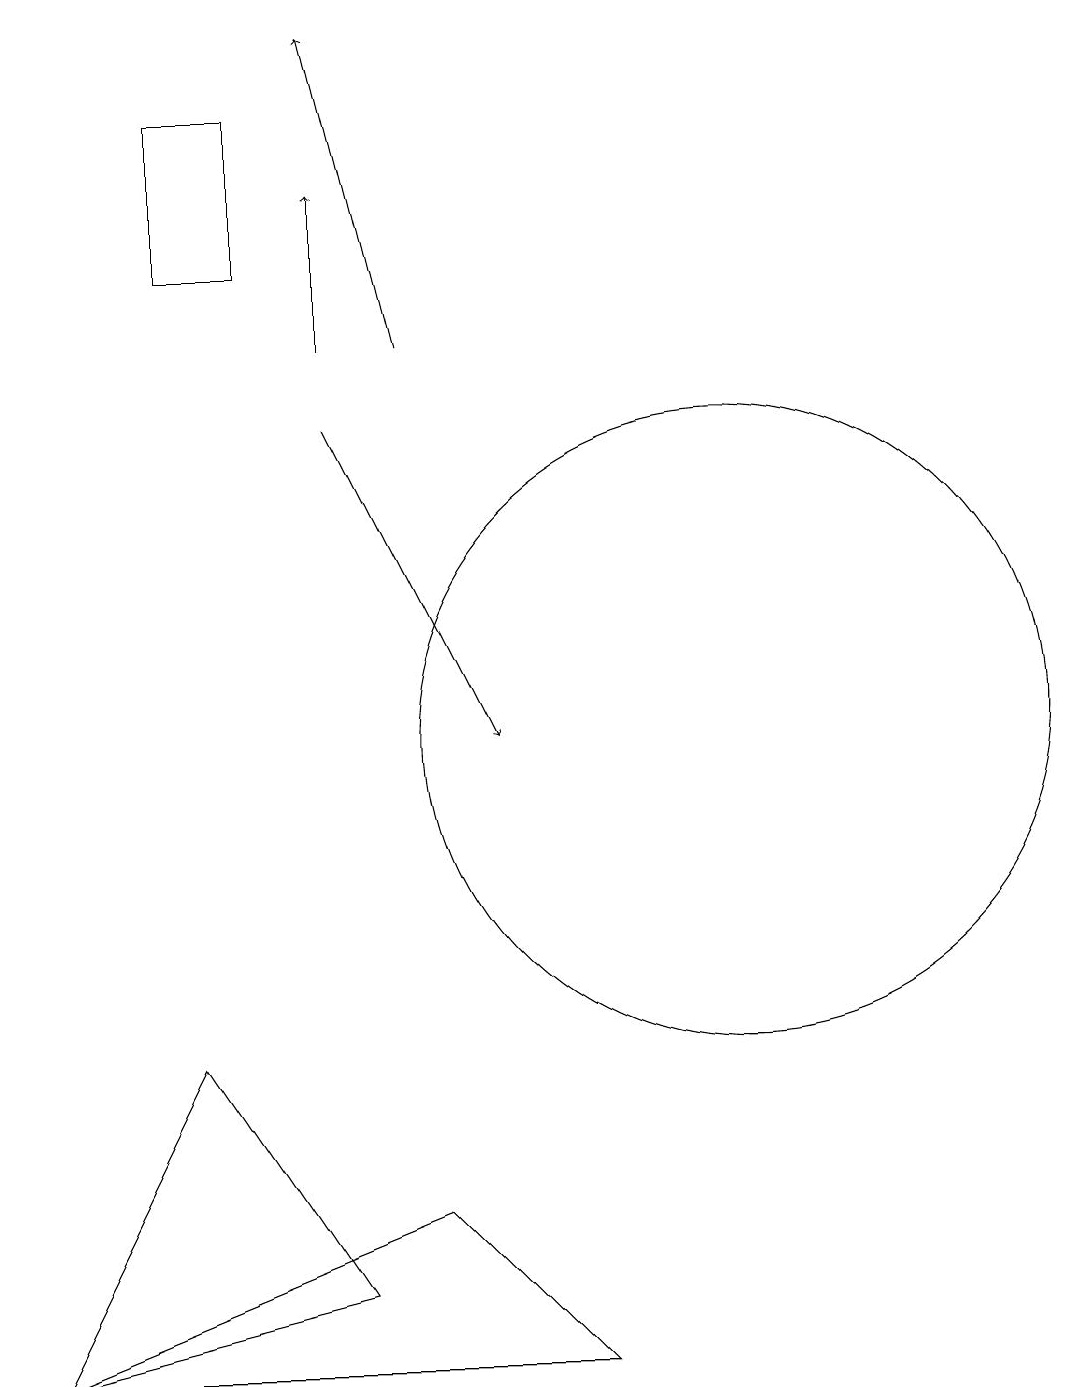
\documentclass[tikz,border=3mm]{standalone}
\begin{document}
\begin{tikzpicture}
\draw (6,3) -- (2,2) -- (4,6) -- cycle;
\draw[->] (7,15) -- (6,19);
\draw (11,10) circle (4);
\draw[->] (6,14) -- (8,10);
\draw[->] (6,15) -- (6,17);
\draw (9,2) -- (7,4) -- (2,2) -- cycle;
\draw (4,18) rectangle (5,16);
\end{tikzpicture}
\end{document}